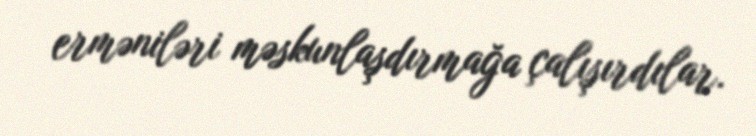
erməniləri məskunlaşdırmağa çalışırdılar.